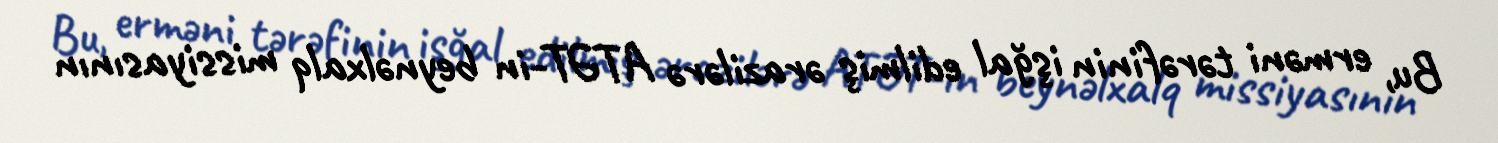
Bu, erməni tərəfinin işğal edilmiş ərazilərə ATƏT-in beynəlxalq missiyasının